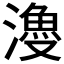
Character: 𣿡